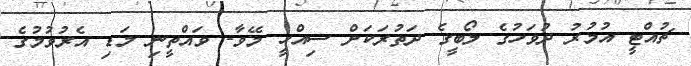
ޗުއްޓީ އުމުރު ދުވަހުގެ ލޯބީގެ ދަތުރަކަށް ސިއްހީ މޭވާ- ވައްތީނި މަޑި އެރުވުމުގެ